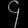
Digit: ၄